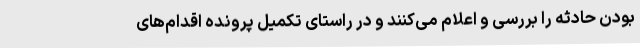
بودن حادثه را بررسی و اعلام می‌کنند و در راستای تکمیل پرونده اقدام‌های